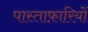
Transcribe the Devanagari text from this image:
पास्ताफ़ारियों